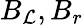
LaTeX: B_{\mathcal{L}},B_{r}